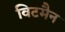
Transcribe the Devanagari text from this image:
विटमैन